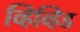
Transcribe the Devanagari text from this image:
व्हिव्हिड